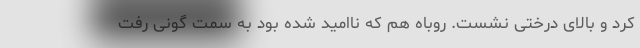
کرد و بالای درختی نشست. روباه هم که ناامید شده بود به سمت گونی رفت